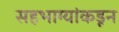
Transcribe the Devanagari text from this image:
सहभाग्यांकडून